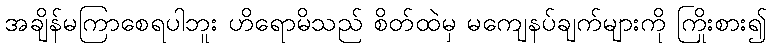
အချိန်မကြာစေရပါဘူး ဟိရောမိသည် စိတ်ထဲမှ မကျေနပ်ချက်များကို ကြိုးစား၍